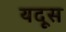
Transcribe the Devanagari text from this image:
यदूस